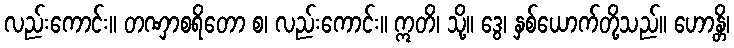
လည်းကောင်း။ တဏှာစရိတော စ၊ လည်းကောင်း။ ဣတိ၊ သို့။ ဒွေ၊ နှစ်ယောက်တို့သည်။ ဟောန္တိ၊